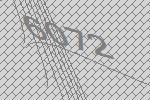
6072